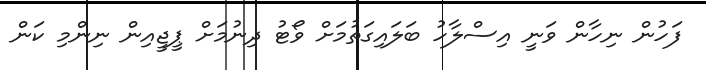
ފަހުން ނިހާން ވަނީ އިސްލާހު ބަލައިގަތުމަށް ވޯޓު ދިނުމަށް ޕީޖީއިން ނިންމި ކަން